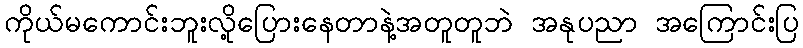
ကိုယ်မကောင်းဘူးလို့ပြေားနေတာနဲ့အတူတူဘဲ အနုပညာ အကြောင်းပြ